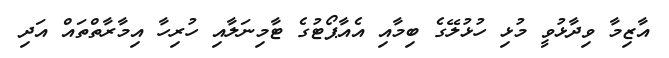
އާޒިމާ ވިދާޅުވީ މުޅި ހުޅުލޭގެ ބިމާއި އެއާޕޯޓުގެ ޓާމިނަލާއި ހުރިހާ އިމާރާތްތައް އަދި